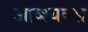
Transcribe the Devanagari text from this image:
आव्श्यक्स